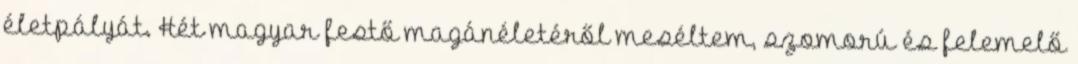
életpályát. Hét magyar festő magánéletéről meséltem, szomorú és felemelő